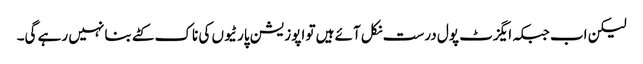
لیکن اب جبکہ ایگزٹ پول درست نکل آئے ہیں تو اپوزیشن پارٹیوں کی ناک کٹے بنا نہیں رہے گی۔